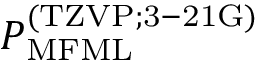
P _ { \mathrm { M F M L } } ^ { \mathrm { ( T Z V P ; 3 - 2 1 G ) } }